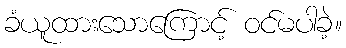
ခံယူထားသောကြောင့် ဝင်မပါခဲ့။